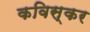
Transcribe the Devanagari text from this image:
कविस्कर